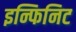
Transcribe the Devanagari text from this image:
इन्फिनिट